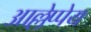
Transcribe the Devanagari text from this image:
आल्लेप्पेय